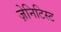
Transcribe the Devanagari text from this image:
ज़ेनिटिस्ट